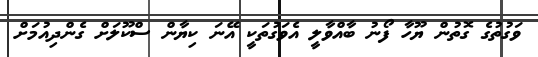
ވަގުތުގެ ގޮތުން ޔޫހާ ފޯނު ބާއްވާލީ އެވަގުތަކީ އޭނަ ކިޔާން ސްކޫލަށް ގެންދިއުމަށް